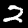
Digit: 2